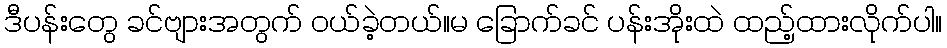
ဒီပန်းတွေ ခင်ဗျားအတွက် ဝယ်ခဲ့တယ်။မ ခြောက်ခင် ပန်းအိုးထဲ ထည့်ထားလိုက်ပါ။